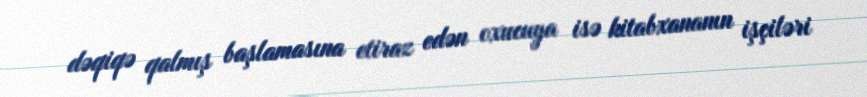
dəqiqə qalmış başlamasına etiraz edən oxucuya isə kitabxananın işçiləri